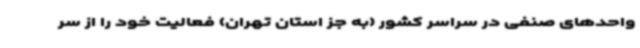
واحدهای صنفی در سراسر کشور (به جز استان تهران) فعالیت خود را از سر